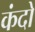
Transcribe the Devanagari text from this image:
कंदो